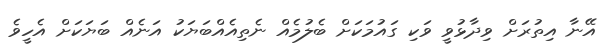
އޭނާ އިތުރަށް ވިދާޅުވީ ވަކި ގައުމަކަށް ބެލުމެއް ނެތިއެއްބަޔަކު އަނެއް ބަޔަކަށް އެހީވެ